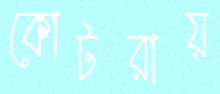
কোটরায়